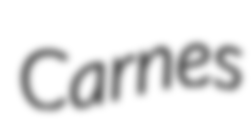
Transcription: Carnes